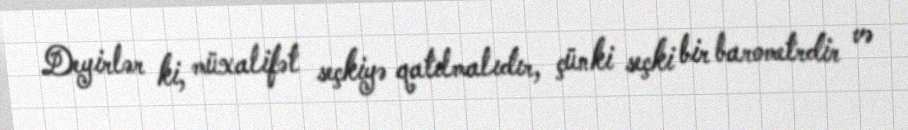
Deyirlər ki, müxalifət seçkiyə qatılmalıdır, çünki seçki bir barometrdir və